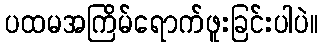
ပထမအကြိမ်ရောက်ဖူးခြင်းပါပဲ။